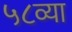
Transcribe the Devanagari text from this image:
५८व्या